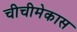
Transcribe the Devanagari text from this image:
चीचीमेकास